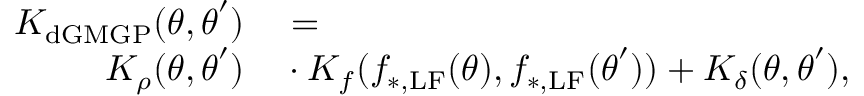
\begin{array} { r l } { K _ { \mathrm { d G M G P } } ( \boldsymbol { \theta } , \boldsymbol { \theta } ^ { \prime } ) } & { { } = } \\ { K _ { \rho } ( \boldsymbol { \theta } , \boldsymbol { \theta } ^ { \prime } ) } & { { } \cdot K _ { f } ( f _ { \mathrm { * , L F } } ( \boldsymbol { \theta } ) , f _ { \mathrm { * , L F } } ( \boldsymbol { \theta } ^ { \prime } ) ) + K _ { \delta } ( \boldsymbol { \theta } , \boldsymbol { \theta } ^ { \prime } ) , } \end{array}